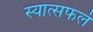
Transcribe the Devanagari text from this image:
स्यात्सफलं